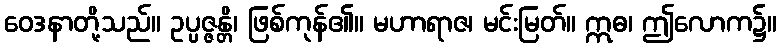
ဝေဒနာတို့သည်။ ဥပ္ပဇ္ဇန္တိ၊ ဖြစ်ကုန်၏။ မဟာရာဇ၊ မင်းမြတ်။ ဣဓ၊ ဤလောက၌။